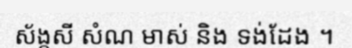
ស័ង្កសី សំណ មាស់ និង ទង់ដែង ។